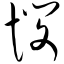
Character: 悯